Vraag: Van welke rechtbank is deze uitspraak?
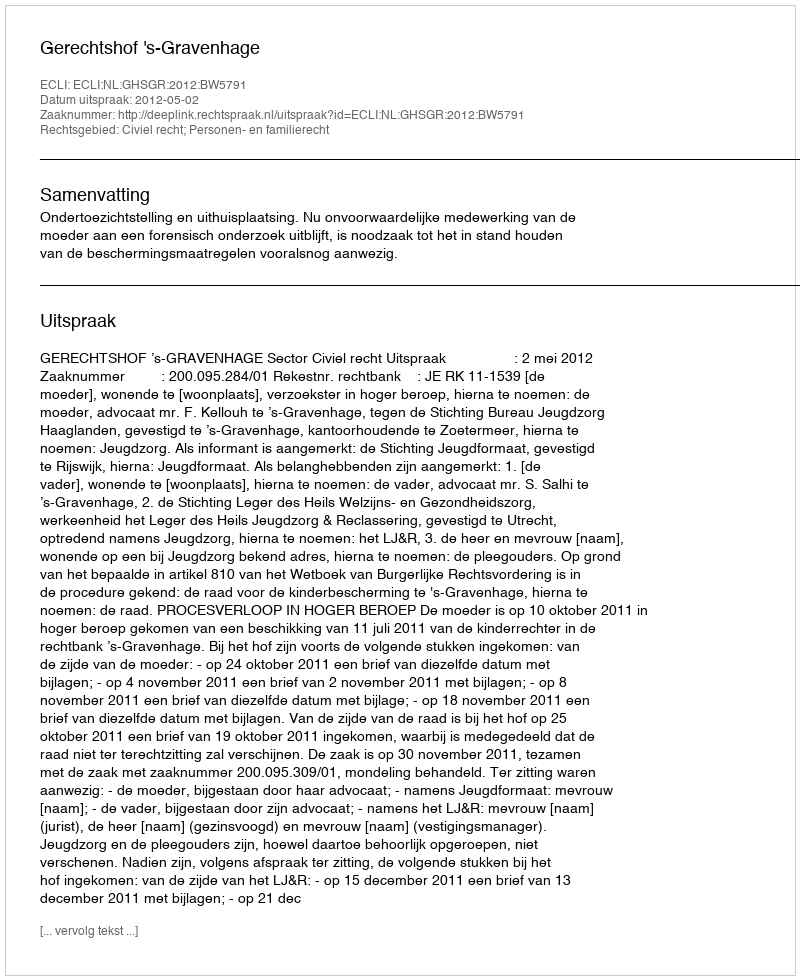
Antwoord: Gerechtshof 's-Gravenhage